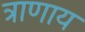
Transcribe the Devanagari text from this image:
त्राणाय